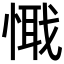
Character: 𢟘